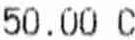
50.00 C